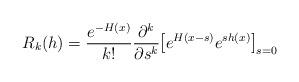
LaTeX: \begin{align*}R_k(h) = {{e^{- H(x)}} \over {k!}} {{\partial^k}\over {\partial s^k}} \mbox{\large[} e^{H(x-s)}e^{sh(x)}\mbox{\large]}_{s=0}\end{align*}